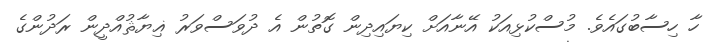
ހާ ހިސާބުގައެވެ. މުސްކުޅިއަކު އޭނާއަށް ކިޔައިދިން ގޮތުން އެ ދުވަސްވަރު ޣިޔާޘުއްދީން ރަދުންގެ